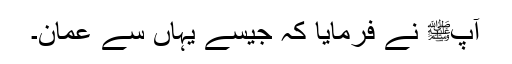
آپﷺ نے فرمایا کہ جیسے یہاں سے عمان۔